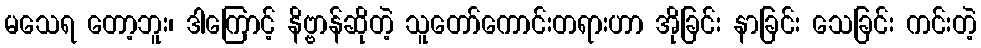
မသေရ တော့ဘူး၊ ဒါကြောင့် နိဗ္ဗာန်ဆိုတဲ့ သူတော်ကောင်းတရားဟာ အိုခြင်း နာခြင်း သေခြင်း ကင်းတဲ့